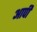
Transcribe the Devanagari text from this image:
आपी